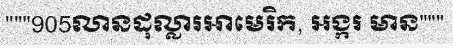
"""905លានដុល្លារអាមេរិក, អង្ករ មាន"""